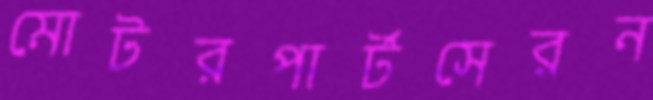
মোটরপার্টসেরন